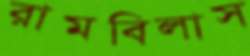
রামবিলাস